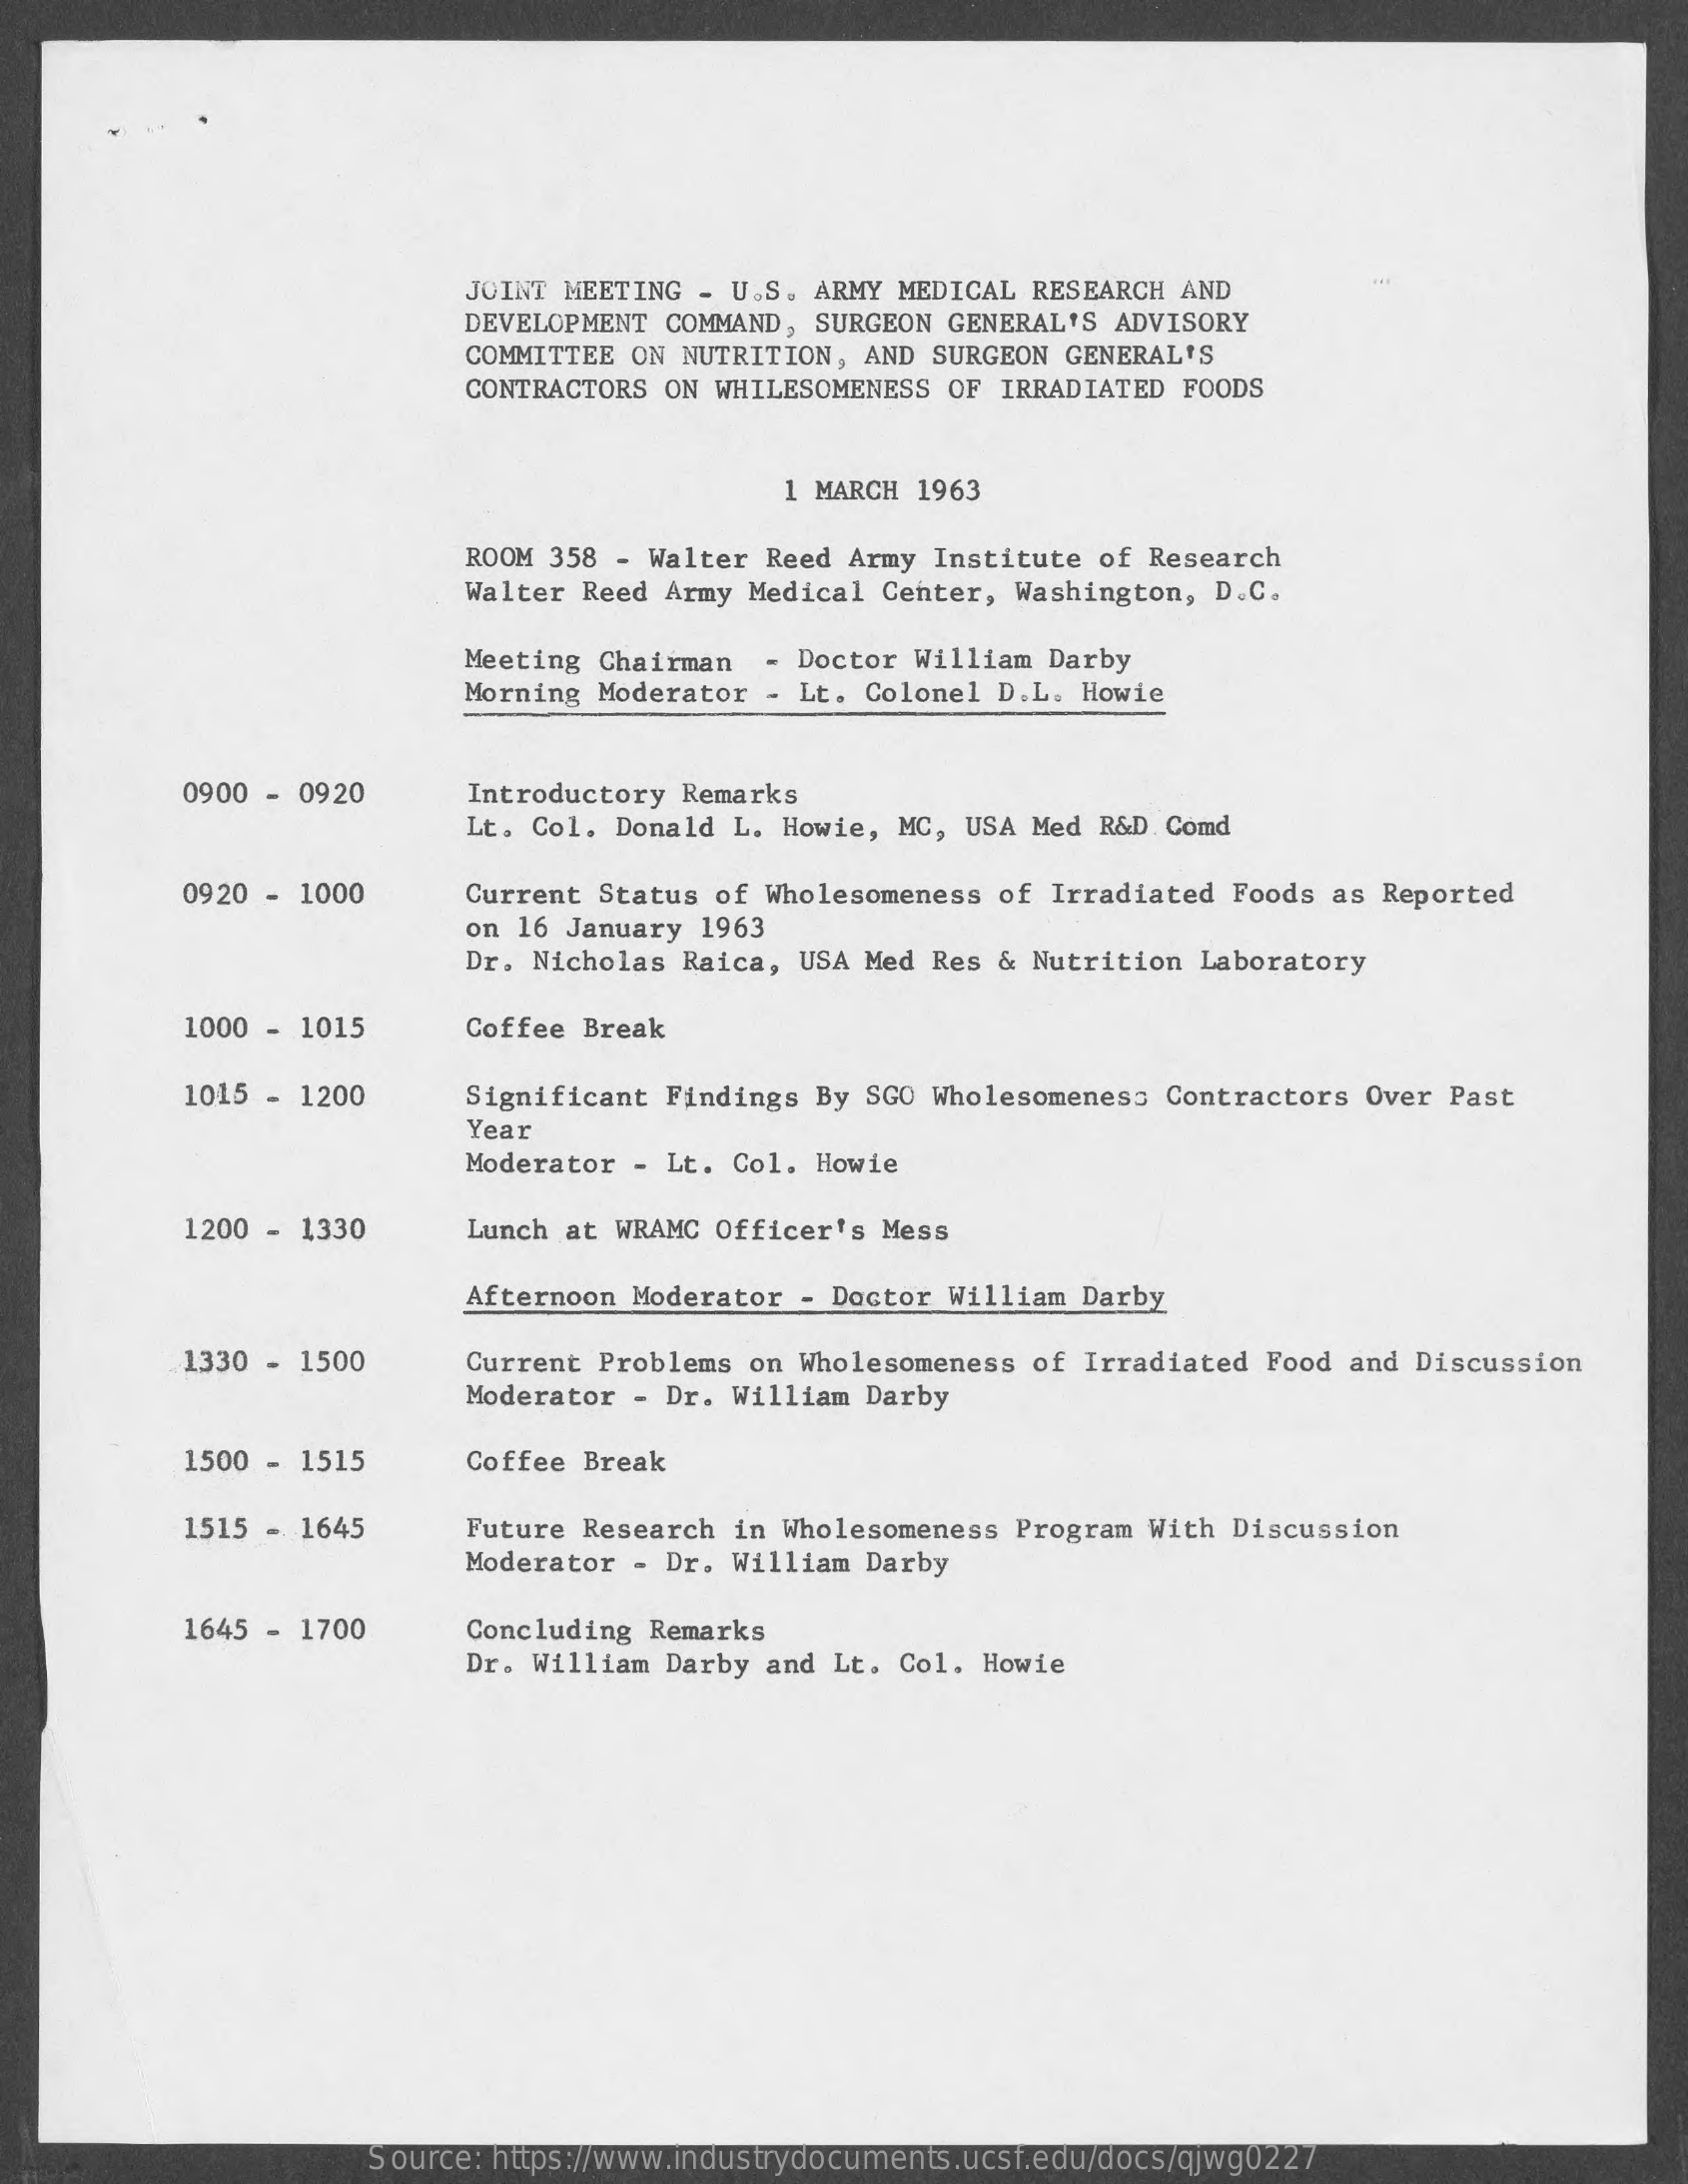
JOINT MEETING - U.S. ARMY MEDICAL RESEARCH AND
     DEVELOPMENT COMMAND, SURGEON GENERAL'S ADVISORY
     COMMITTEE ON NUTRITION, AND SURGEON GENERAL'S
     CONTRACTORS ON WHILESOMENESS OF IRRADIATED FOODS
     1 MARCH 1963
     ROOM 358 - Walter Reed Army Institute of Research
     Walter Reed Army Medical Center, Washington, D.C.
     Meeting Chairman - Doctor William Darby
     Morning Moderator - Lt. Colonel D.L. Howie
     0900 - 0920   Introductory Remarks
     Lt. Col. Donald L. Howie, MC, USA Med R&D. Comd
     0920 - 1000   Current Status of Wholesomeness of Irradiated Foods as Reported
     on 16 January 1963
     Dr. Nicholas Raica, USA Med Res & Nutrition Laboratory
     1000 - 1015   Coffee Break
     1015 - 1200   Significant Findings By SGO Wholesomeness Contractors Over Past
     Year
     Moderator - Lt. Col. Howie
     1200 - 1330   Lunch at WRAMC Officer's Mess
     Afternoon Moderator - Doctor William Darby
     1330 - 1500   Current Problems on Wholesomeness of Irradiated Food and Discussion
     Moderator - Dr. William Darby
     1500 - 1515   Coffee Break
     1515 - 1645   Future Research in Wholesomeness Program With Discussion
     Moderator - Dr. William Darby
     1645 - 1700   Concluding Remarks
     Dr. William Darby and Lt. Col. Howie
     Source: https://www.industrydocuments.ucsf.edu/docs/qjwg0227